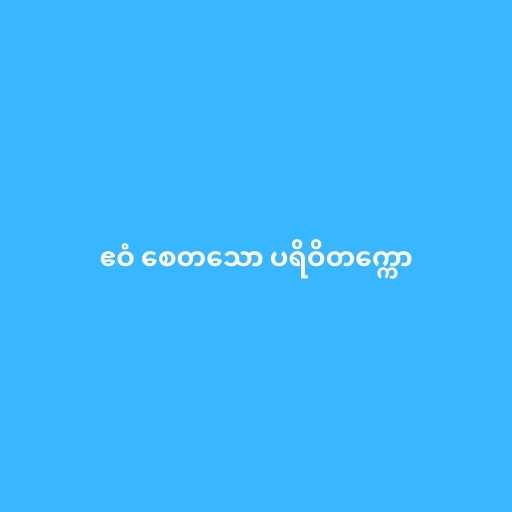
ဧဝံ စေတသော ပရိဝိတက္ကော